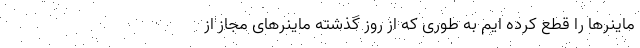
ماینر‌ها را قطع کرده ایم به طوری که از روز گذشته ماینر‌های مجاز از